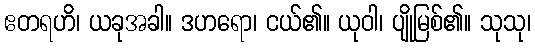
ဧတရဟိ၊ ယခုအခါ။ ဒဟရော၊ ငယ်၏။ ယုဝါ၊ ပျိုမြစ်၏။ သုသု၊